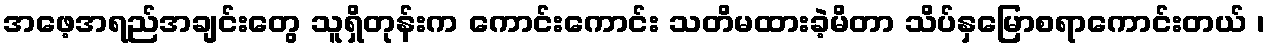
အဖေ့အရည်အချင်းတွေ သူရှိတုန်းက ကောင်းကောင်း သတိမထားခဲ့မိတာ သိပ်နှမြောစရာကောင်းတယ် ၊